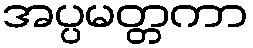
အပ္ပမတ္တကာ